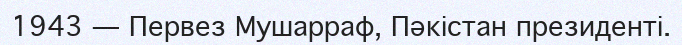
1943 — Первез Мушарраф, Пәкістан президенті.